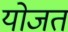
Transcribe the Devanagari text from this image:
योजत